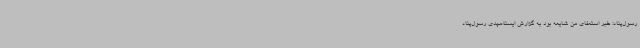
رسول‌پناه: خبر استعفای من شایعه بود به گزارش ایسنا،مهدی رسول‌پناه